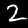
Digit: 2